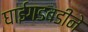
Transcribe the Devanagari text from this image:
घाईगडबडीने